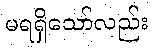
မရရှိသော်လည်း